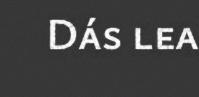
Dás lea